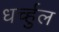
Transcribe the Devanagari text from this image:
धर्च्हुल